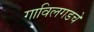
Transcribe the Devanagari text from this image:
गाविलगडचे